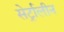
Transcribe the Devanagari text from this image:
सेर्ट्रालीन